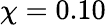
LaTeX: \chi=0.10